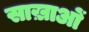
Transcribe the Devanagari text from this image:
साख़ाओं